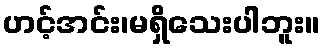
ဟင့်အင်း၊မရှိသေးပါဘူး။